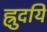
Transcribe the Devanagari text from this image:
ह्रुदयिं